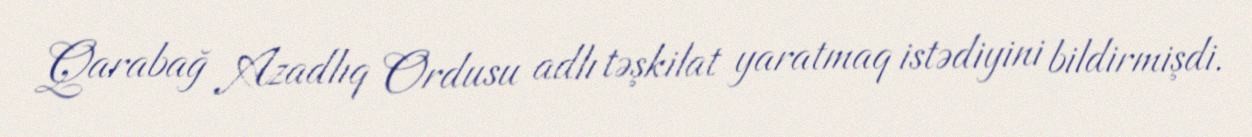
Qarabağ Azadlıq Ordusu adlı təşkilat yaratmaq istədiyini bildirmişdi.